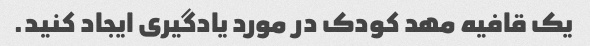
یک قافیه مهد کودک در مورد یادگیری ایجاد کنید.